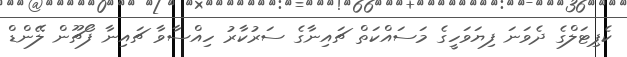
ކެޕިޓަލްގެ ދެވަނަ ފިޔަވަހީގެ މަސައްކަތް ޗައިނާގެ ސަރުކާރު ހިއްސާވާ ޗައިނާ ފޯޗޫން ލޭންޑް